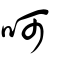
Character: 呵